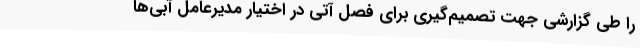
را طی گزارشی جهت تصمیم‌گیری برای فصل آتی در اختیار مدیرعامل آبی‌ها